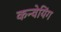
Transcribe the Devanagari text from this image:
कन्वेयिंग